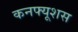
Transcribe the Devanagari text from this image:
कनफ्यूशस